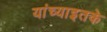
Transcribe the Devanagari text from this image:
यांच्याइतके